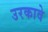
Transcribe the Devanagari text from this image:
उरकावे